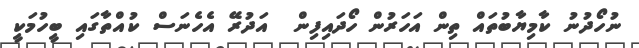
ނުހޯދުނު ކާމިޔާބުތައް ތިން އަހަރުން ހޯދައިފިން  އަދުރޭ އެހެނަސް ކުއްތާގައި ބީހުމަކީ